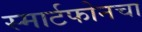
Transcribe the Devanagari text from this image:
स्मार्टफोनचा